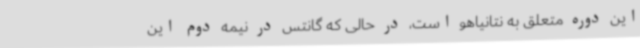
این دوره متعلق به نتانیاهو است، در حالی که گانتس در نیمه دوم این